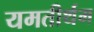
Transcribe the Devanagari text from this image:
यमतीर्थम